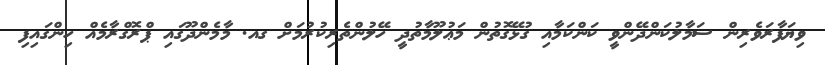
ވިޔަފާރަވެރިން ސަމާލުކަންދޭންވީ ކަންކަމާއި ގުޅޭގޮތުން މަޢުލޫމާތުދީ ހޭލުންތެރިކުރުމަށް ގއ. މާމެންދޫގައި ޕްރޮގްރާމެއް ހިންގައިފި